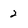
Character: 2